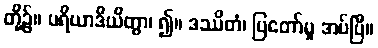
တို့၌။ ပရိယာဒိယိတွာ၊ ၍။ ဒဿိတံ၊ ပြတော်မူ အပ်ပြီ။